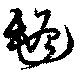
氈